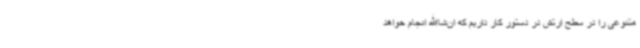
متنوعی را در سطح ارتش در دستور کار داریم که ان‌شاالله انجام خواهد